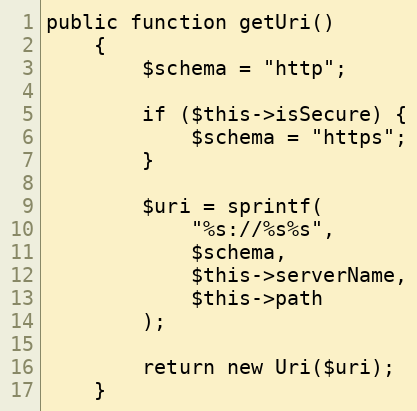
Language: PHP
public function getUri()
    {
        $schema = "http";

        if ($this->isSecure) {
            $schema = "https";
        }

        $uri = sprintf(
            "%s://%s%s",
            $schema,
            $this->serverName,
            $this->path
        );

        return new Uri($uri);
    }